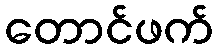
တောင်ဖက်